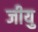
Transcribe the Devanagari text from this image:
जीयु